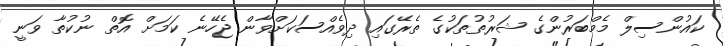
ކައުންސިލް މެމްބަރުންގެ ޝަރުތުތަކުގެ ތެރޭގައި ދިވެއްސަކަށްވާން ޖެހޭނެ ކަމަށް އޮތް ނުކުތާ ވަނީ